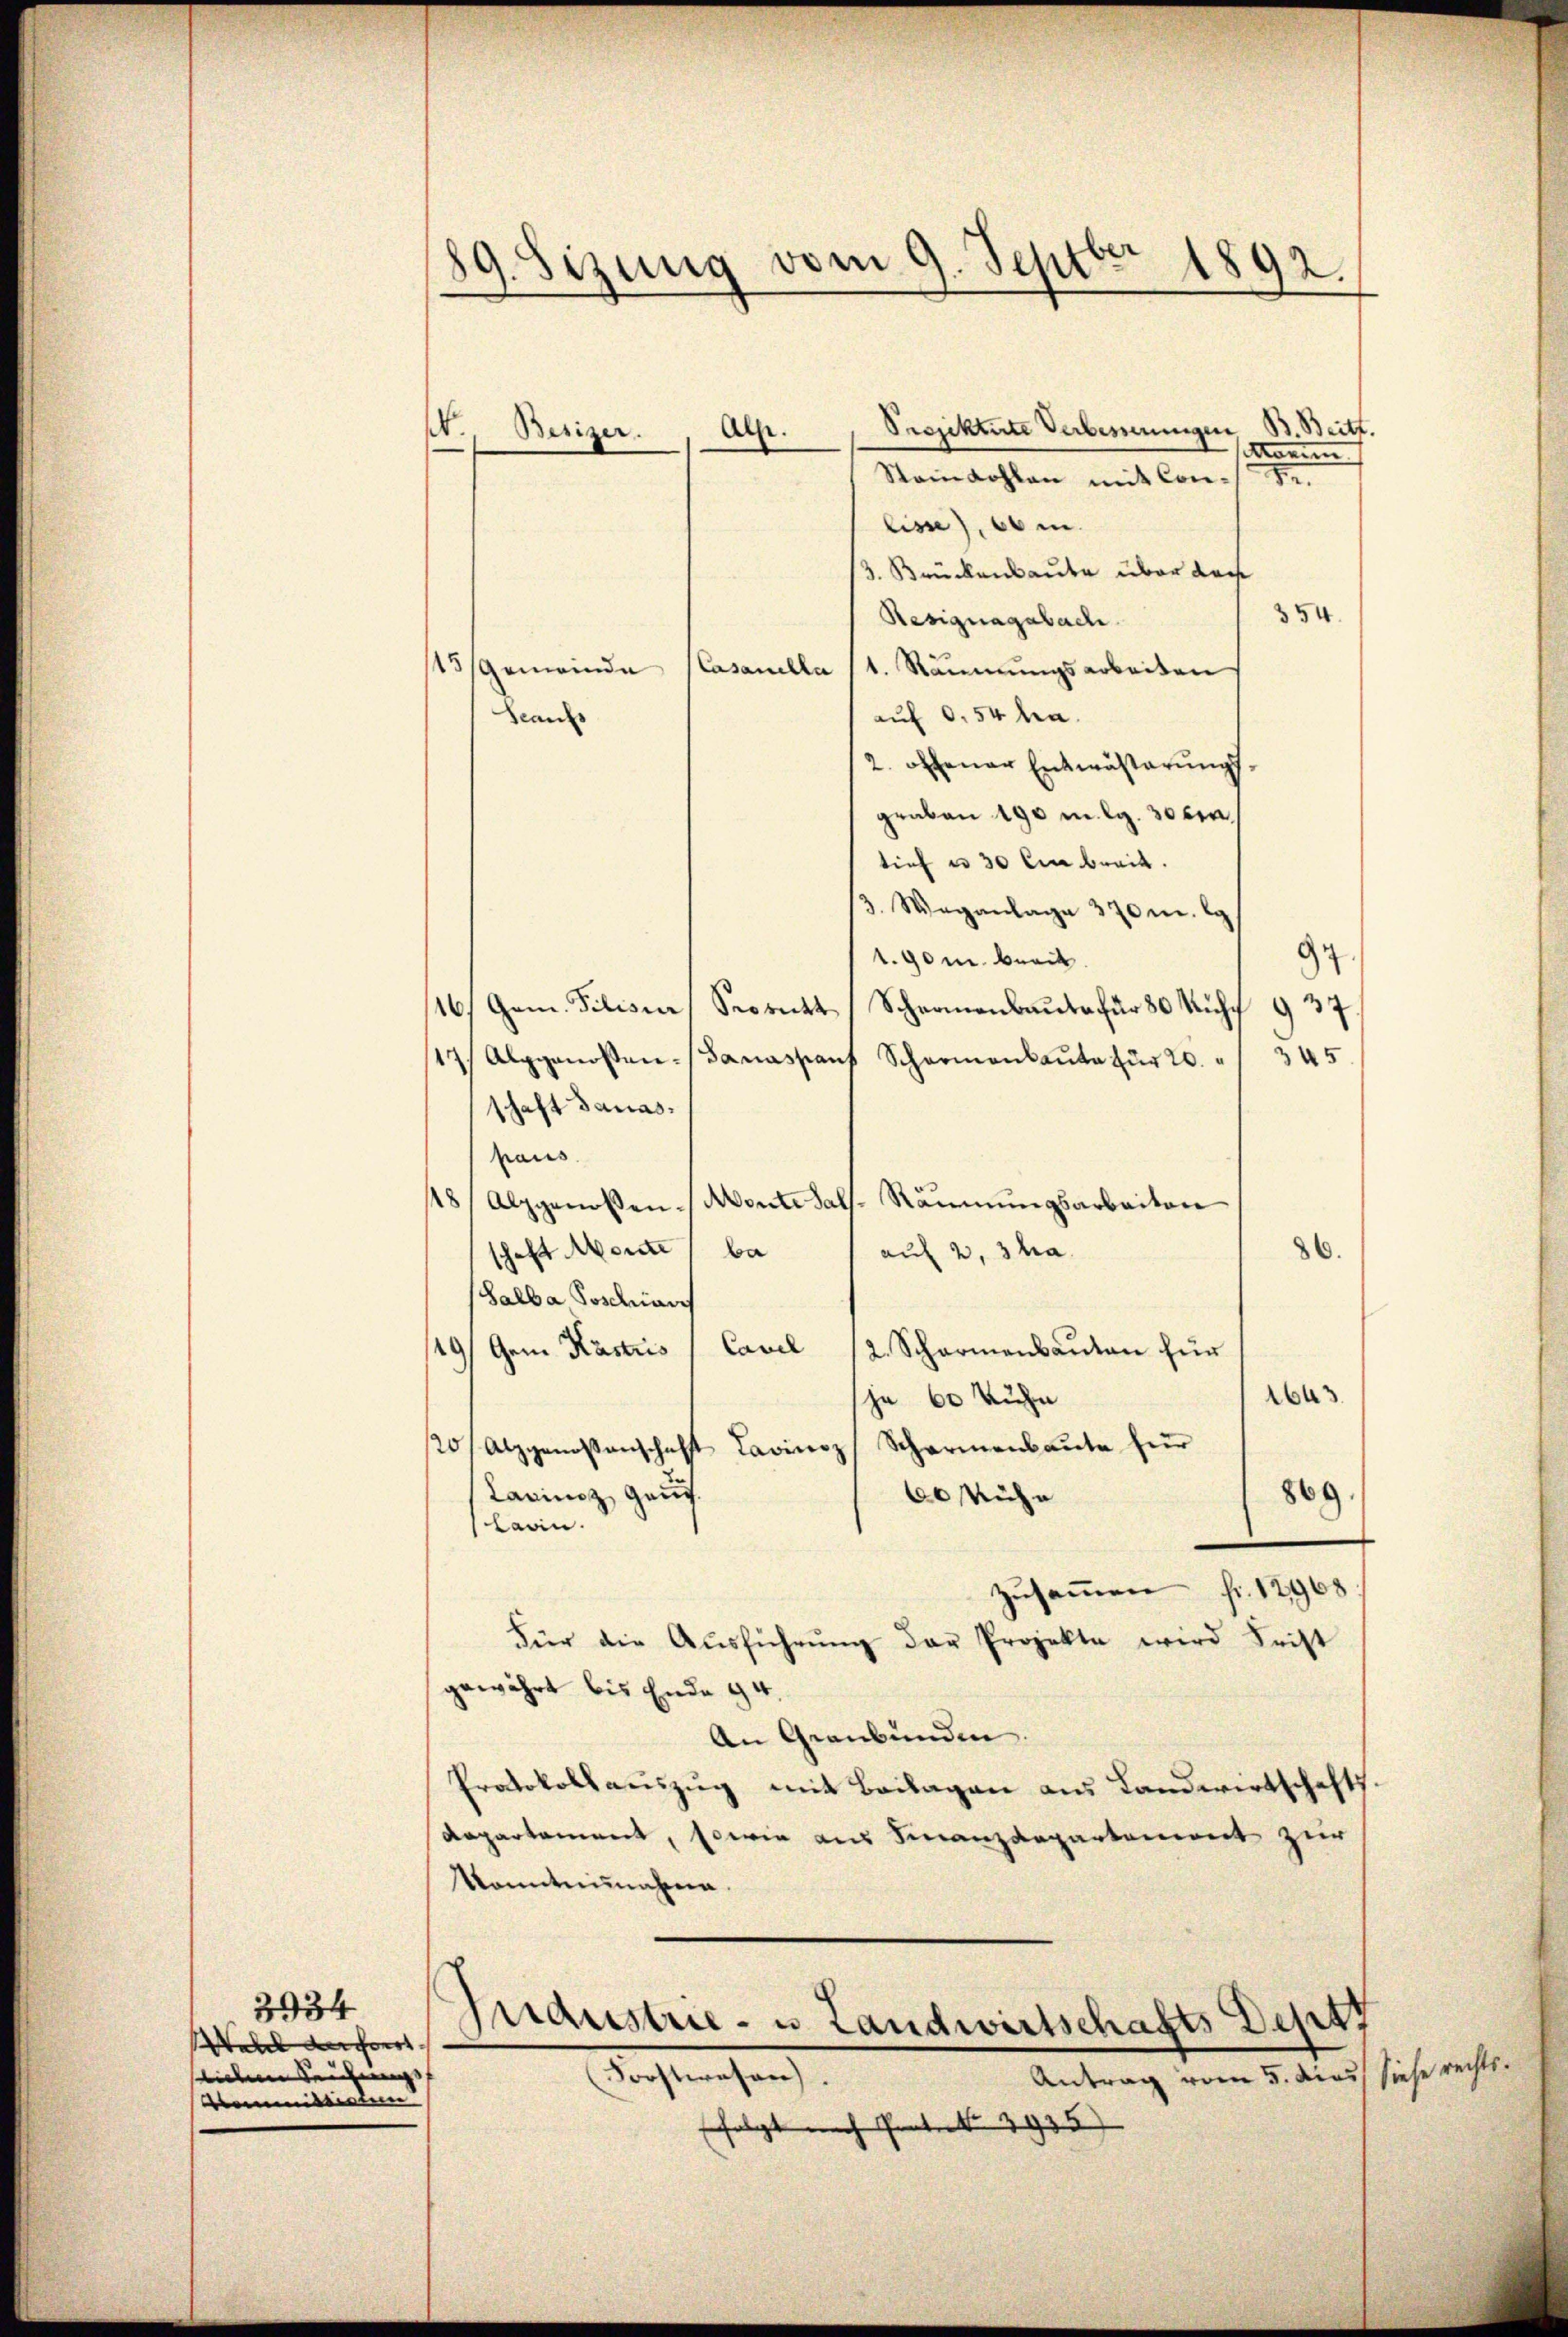
3934
Wahl der
slichen leichnung
mmitti

89. Sizung vom 9. Septbr 1892.

Projektirte Verbesserungen B. Beitt.
Als
onnen
Stainwohlen mit Con- Fr.
lisse), 60 m.
3. Brückenbaute über das
354.
Resignagabach
15/Gemeinde
Casanella (1. Räumungsarbeiten
auf 0,54 ha
Franz
2. offener Entwässerungsgraben 190 mlg. 30ten
tief u 30 li breit.
3. Weganlage 370 m. g
1.90 m breit.
4
116, Gem. Pilisier
Seorett (Scharmanbaŭte für 80 Rŭhf 937.
345
17/ Alpgenossen- Sanassant Scharmanbaŭte für 20.
schaft danas.
haus
Räumungsarbeiten
48/ Alpgenossen. Monte Sal
schaft Monte, ba
auf 2, 3 ha.
86.
Galba Poschiar
Cavel
49/Gem. Kastris
2. Scharmenbauten für
Abus
ja 60 Kuhn
20/Alzgenossenschaft Lavinoz Scharmenbaute für
Carinaz, Gauf.
869
60 Mühlavin.
zusammen fr. 17968
Für die Aŭsführŭng der Projekte wird Frist
gewährt bis Ende 94.
An Graubünden.
Protokollaŭszŭg mit Beilagen aus Landwirtschafts
departement, sowie aus Finanzdepartement zur
Vanntnisnahmen.

.

Besizer.

Industrie- u Landwirtschafts Deput
Forstwesen.
Antrag vom 5. Aus siehe rechts¬

folgt nach Gent. 3935)